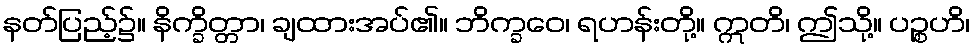
နတ်ပြည့်၌။ နိက္ခိတ္တာ၊ ချထားအပ်၏။ ဘိက္ခဝေ၊ ရဟန်းတို့။ ဣတိ၊ ဤသို့။ ပဉ္စဟိ၊